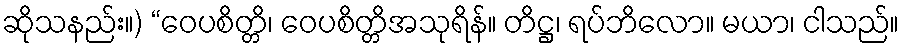
ဆိုသနည်း။) “ဝေပစိတ္တိ၊ ဝေပစိတ္တိအသုရိန်။ တိဋ္ဌ၊ ရပ်ဘိလော။ မယာ၊ ငါသည်။